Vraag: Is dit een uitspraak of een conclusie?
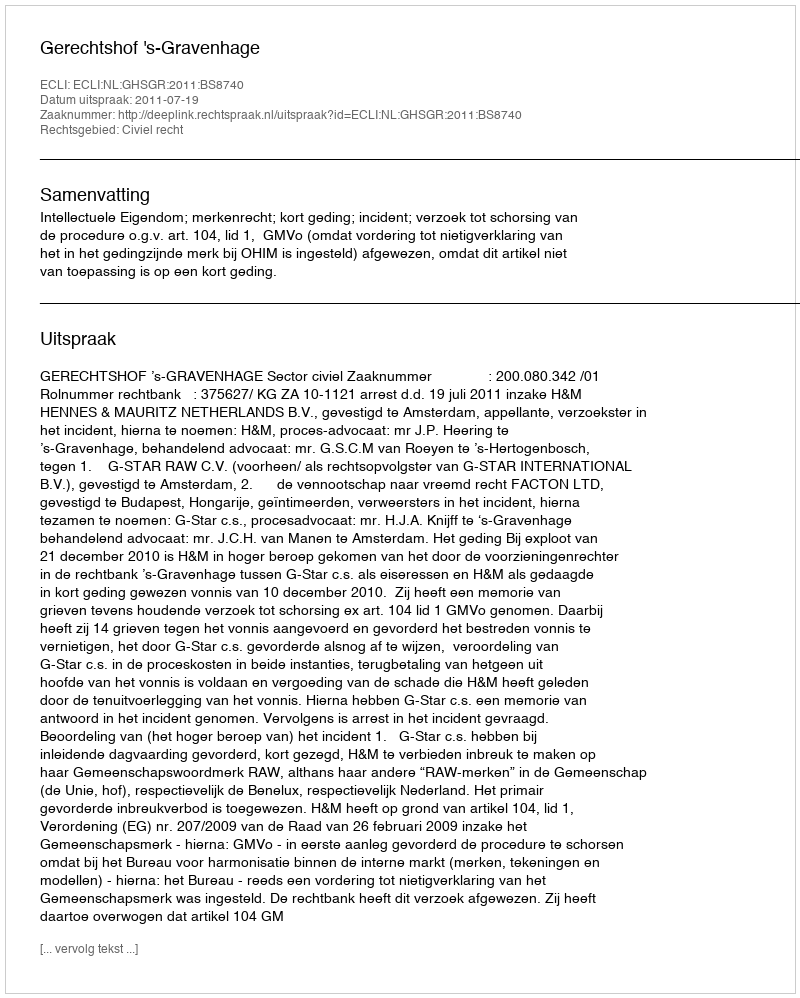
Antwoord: Uitspraak